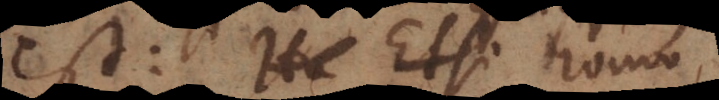
est: Ho Etsi homo